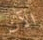
الآن